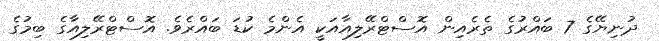
ދުނިޔޭގެ 7 ބައްރުގެ ތެރެއިން އޮސްޓްރޭލިއާއަކީ އެންމެ ކުޑަ ބައްރެވެ. އޮސްޓްރޭލިއާގެ ބިމުގެ